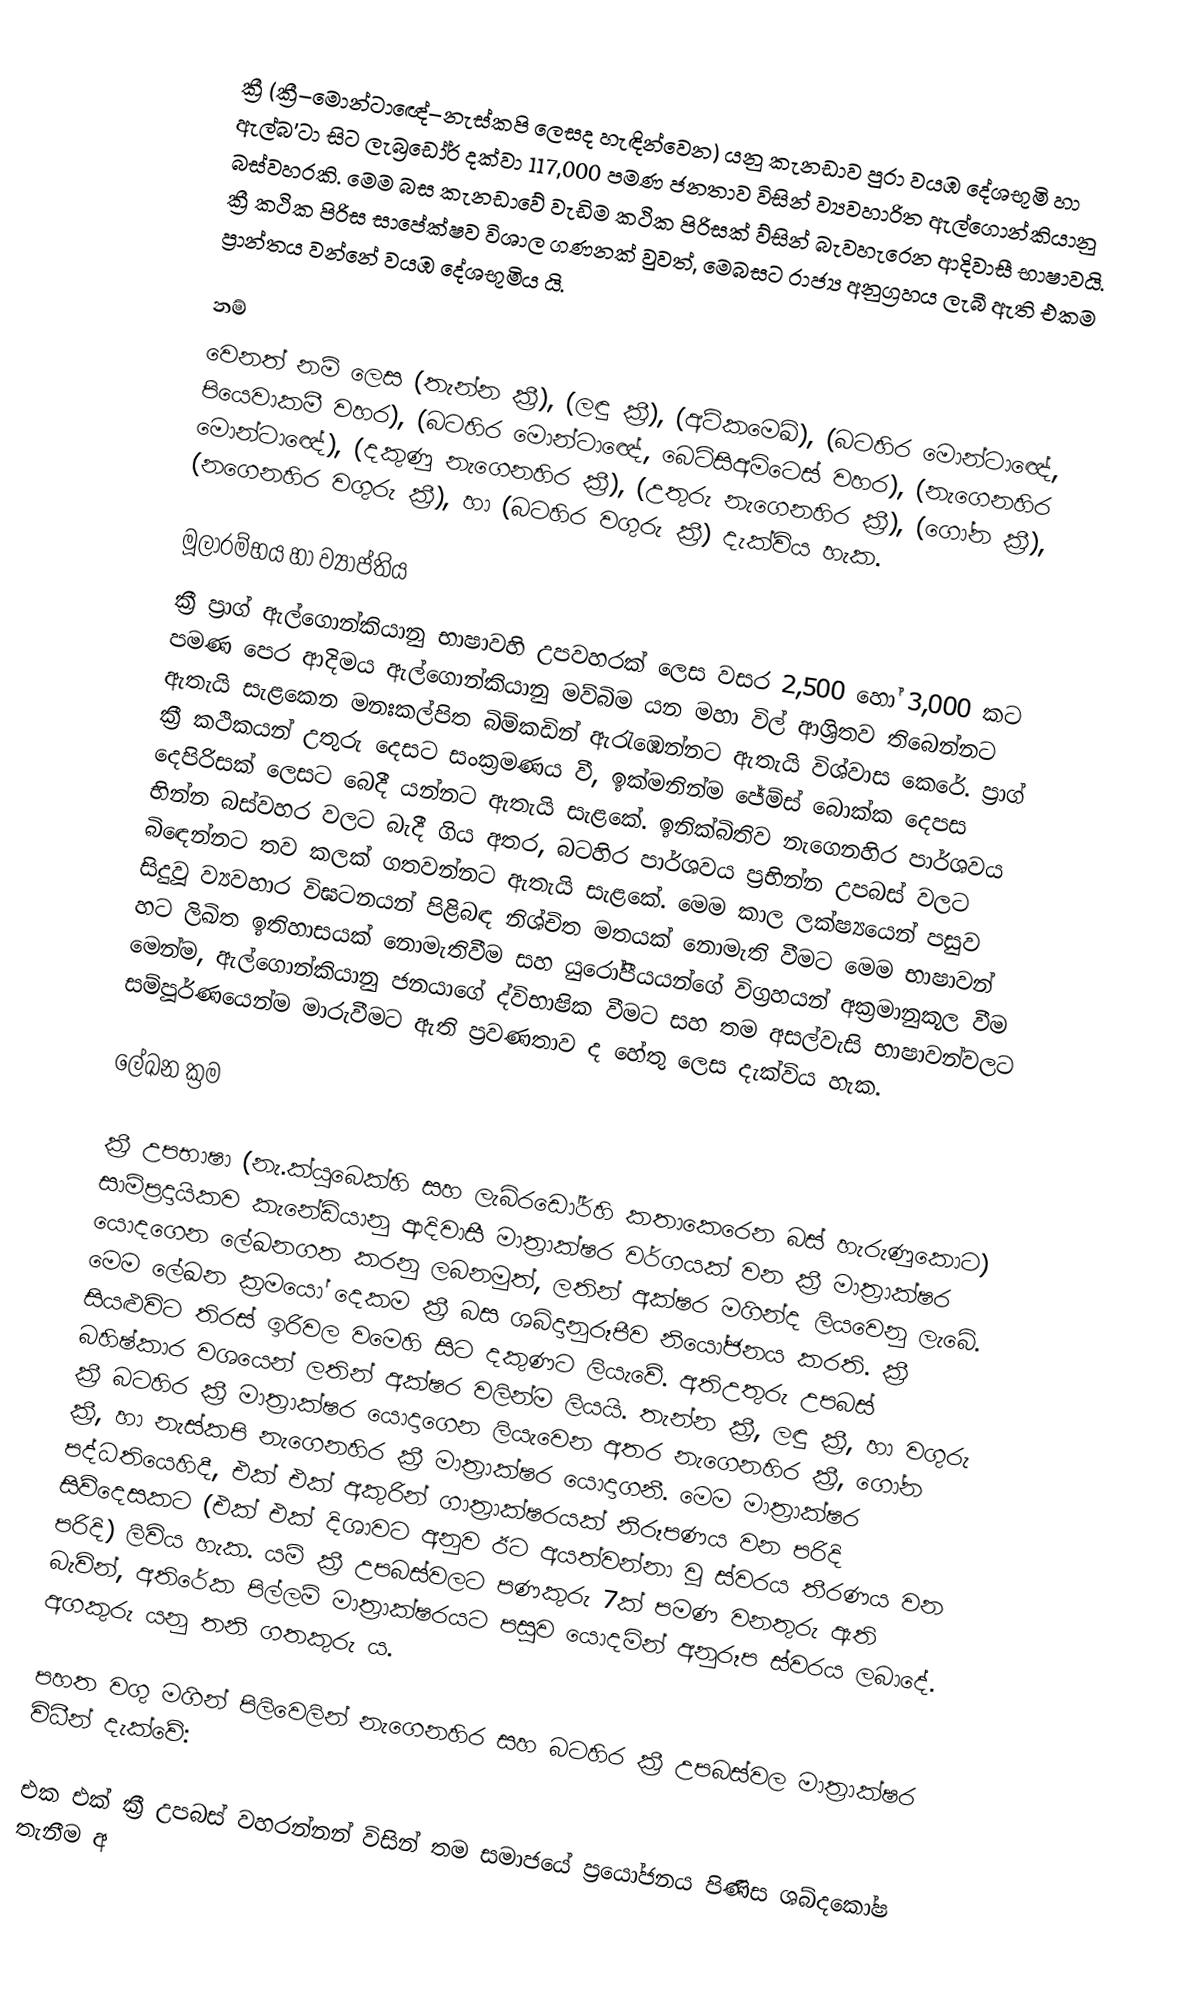
ක්‍රී  (ක්‍රී–මොන්ටාඥේ–නැස්කපි ලෙසද හැඳින්වෙන) යනු කැනඩාව පුරා වයඹ දේශභූමි හා ඇල්බ'ටා සිට ලැබ්‍රඩෝර් දක්වා 117,000 පමණ ජනතාව විසින් ව්‍යවහාරිත ඇල්ගොන්කියානු බස්වහරකි. මෙම බස කැනඩාවේ වැඩිම කථික පිරිසක් ව්සින් බැවහැරෙන ආදිවාසී භාෂාවයි. ක්‍රී කථික පිරිස සාපේක්ෂව විශාල ගණනක් වුවත්, මෙබසට රාජ්‍ය අනුග්‍රහය ලැබී ඇති එකම ප්‍රාන්තය වන්නේ වයඹ දේශභූමිය යි.

නම්
වෙනත් නම් ලෙස   (තැන්න ක්‍රී),  (ලඳු ක්‍රී),  (අටිකමෙඛ්),  (බටහිර මොන්ටාඥේ, පියෙවාකමී වහර),  (බටහිර මොන්ටාඥේ, බෙට්සිඅමිටෙස් වහර),  (නැගෙනහිර මොන්ටාඥේ),  (දකුණු නැගෙනහිර ක්‍රී),  (උතුරු නැගෙනහිර ක්‍රී),  (ගෝන ක්‍රී),  (නගෙනහිර වගුරු ක්‍රී), හා  (බටහිර වගුරු ක්‍රී) දැක්විය හැක.

මූලාරම්භය හා ව්‍යාප්තිය
ක්‍රී ප්‍රාග් ඇල්ගොන්කියානු භාෂාවහි උපවහරක් ලෙස වසර 2,500 හෝ 3,000 කට පමණ පෙර ආදිමය ඇල්ගොන්කියානු මව්බිම යන මහා විල් ආශ්‍රිතව තිබෙන්නට ඇතැයි සැළකෙන මනඃකල්පිත බිම්කඩින් ඇරැඹෙන්නට ඇතැයි විශ්වාස කෙරේ. ප්‍රාග් ක්‍රී කථිකයන් උතුරු දෙසට සංක්‍රමණය වී, ඉක්මනින්ම ජේම්ස් බොක්ක දෙපස දෙපිරිසක් ලෙසට බෙදී යන්නට ඇතැයි සැළකේ. ඉනික්බිතිව නැගෙනහිර පාර්ශවය භින්න බස්වහර වලට බැදී ගිය අතර, බටහිර පාර්ශවය ප්‍රභින්න උපබස් වලට බිඳෙන්නට තව කලක් ගතවන්නට ඇතැයි සැළකේ. මෙම කාල ලක්ෂ්‍යයෙන් පසුව සිදුවූ ව්‍යවහාර විඝටනයන් පිළිබඳ නිශ්චිත මතයක් නොමැති වීමට මෙම භාෂාවන් හට ලිඛිත ඉතිහාසයක් නොමැතිවීම සහ යුරෝපීයයන්ගේ විග්‍රහයන් අක්‍රමානුකූල වීම මෙන්ම, ඇල්ගොන්කියානු ජනයාගේ ද්විභාෂික වීමට සහ තම අසල්වැසි භාෂාවන්වලට සම්පූර්ණයෙන්ම මාරුවීමට ඇති   ප්‍රවණතාව ද හේතු ලෙස දැක්විය හැක.

ලේඛන ක්‍රම

ක්‍රී උපභාෂා (නැ.ක්යුබෙක්හි සහ ලැබ්රඩෝර්හි කතාකෙරෙන බස් හැරුණුකොට) සාම්ප්‍රදායිකව කැනේඩියානු ආදිවාසී මාත්‍රාක්ෂර වර්ගයක් වන ක්‍රී මාත්‍රාක්ෂර යොදගෙන ලේඛනගත කරනු ලබනමුත්, ලතින් අක්ෂර මගින්ද ලියවෙනු ලැබේ. මෙම ලේඛන ක්‍රමයෝ දෙකම ක්‍රී බස ශබ්දානුරූපීව නියෝජනය කරති. ක්‍රී සියළුවිට තිරස් ඉරිවල වමෙහි සිට දකුණට ලියැවේ. අතිඋතුරු උපබස් බහිෂ්කාර වශයෙන් ලතින් අක්ෂර වලින්ම ලියයි. තැන්න ක්‍රී, ලඳු ක්‍රී, හා වගුරු ක්‍රී බටහිර ක්‍රී මාත්‍රාක්ෂර යොදාගෙන ලියැවෙන අතර නැගෙනහිර ක්‍රී, ගෝන ක්‍රී, හා නැස්කපි නැගෙනහිර ක්‍රී මාත්‍රාක්ෂර යොදාගනී. මෙම මාත්‍රාක්ෂර පද්ධතියෙහිදී, එක් එක් අකුරින් ගාත්‍රාක්ෂරයක් නිරූපණය වන පරිදි සිව්දෙසකට (එක් එක් දිශාවට අනුව ඊට අයත්වන්නා වූ ස්වරය තීරණය වන පරිදි) ලිවිය හැක. යම් ක්‍රී උපබස්වලට පණකුරු 7ක් පමණ වනතුරු ඇති බැවින්, අතිරේක පිල්ලම් මාත්‍රාක්ෂරයට පසුව යොදමින් අනුරූප ස්වරය  ලබාදේ. අගකුරු යනු තනි ගතකුරු ය.

පහත වගු මගින් පිලිවෙලින් නැගෙනහිර සහ බටහිර ක්‍රී උපබස්වල මාත්‍රාක්ෂර විධීන් දැක්වේ:

එක එක් ක්‍රී උපබස් වහරන්නන් විසින් තම සමාජයේ ප්‍රයෝජනය පිණිස ශබ්දකෝෂ තැනීම අ